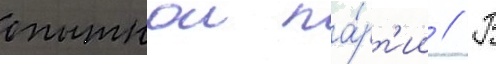
опытнои па́рт'ии // В